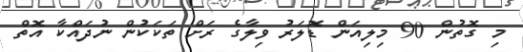
މި ގޮތުން 90 މިލިއަން ޑޮލަރު ވިލާގެ ރަށް ތަކަކުން ނުދައްކާ އޮތް